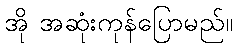
အို အဆုံးကုန်ပြောမည်။